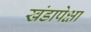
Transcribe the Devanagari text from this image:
खंडापेक्षा